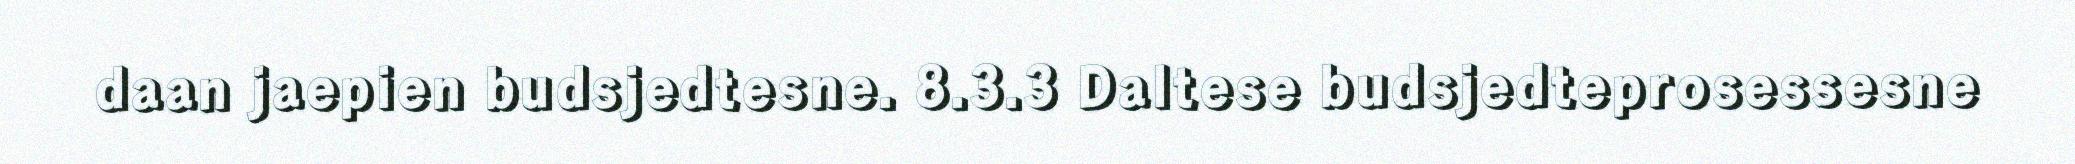
daan jaepien budsjedtesne. 8.3.3 Daltese budsjedteprosessesne